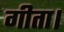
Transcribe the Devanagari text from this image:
गीता।